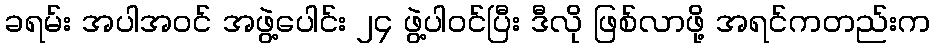
ခရမ်း အပါအဝင် အဖွဲ့ပေါင်း ၂၄ ဖွဲ့ပါဝင်ပြီး ဒီလို ဖြစ်လာဖို့ အရင်ကတည်းက